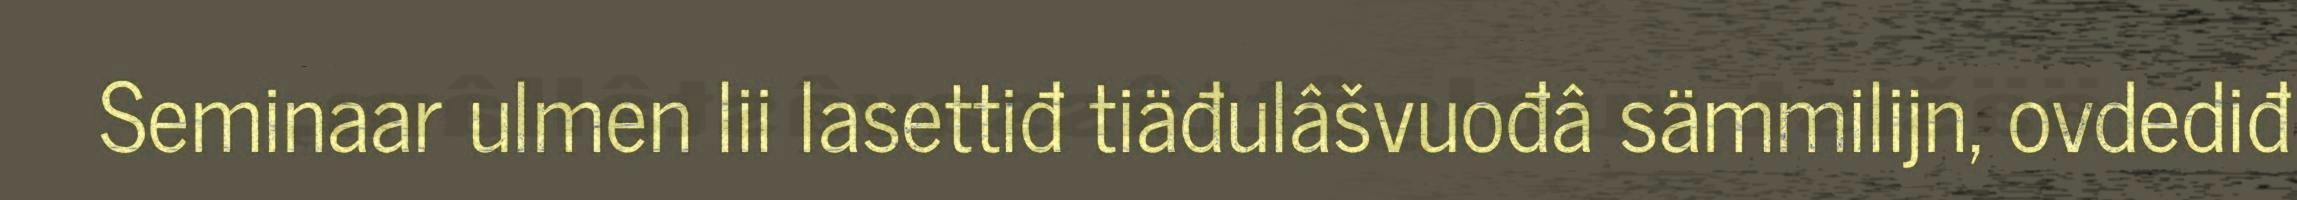
Seminaar ulmen lii lasettiđ tiäđulâšvuođâ sämmilijn, ovdediđ